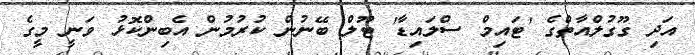
އަދި ގޫގުލްއާތްގެ 'ޓައިމް ސްލައިޑާ' ޓޫލް ބޭނުން ކުރުމުން އެބިންކޮޅު ވަނީ މީގެ